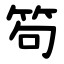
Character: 笱